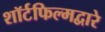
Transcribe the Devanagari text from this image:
शॉर्टफिल्मद्वारे